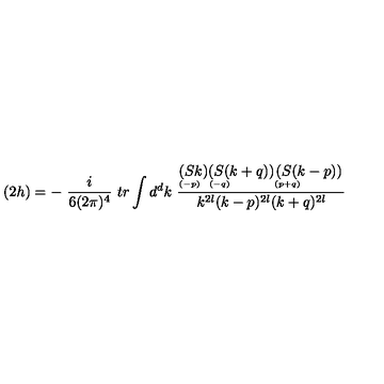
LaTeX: ( 2 h ) = - \ \frac { i } { 6 ( 2 \pi ) ^ { 4 } } \ t r \int d ^ { d } k \ \frac { \stackrel { \displaystyle ( S k ) } { \scriptscriptstyle ( - p ) \phantom { + } } \stackrel { \displaystyle ( S ( k + q ) ) } { \scriptscriptstyle ( - q ) \phantom { + q q q q q q q } } \stackrel { \displaystyle ( S ( k - p ) ) } { \scriptscriptstyle ( p + q ) \phantom { + q q q q q q q } } } { k ^ { 2 l } ( k - p ) ^ { 2 l } ( k + q ) ^ { 2 l } }